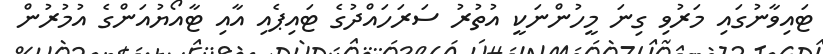
ޓައިވާނުގައި މަރުވި ގިނަ މީހުންނަކީ އުތުރު ސަރަހައްދުގެ ޓައިޕެއި އާއި ޓާއޯޔުއަންގެ އުމުރުން